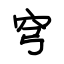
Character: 穹